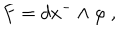
F = d x ^ { - } \wedge \varphi ~ ,